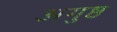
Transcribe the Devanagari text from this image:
अगुष्ठ